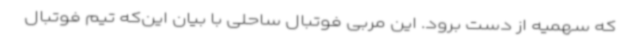
که سهمیه از دست برود. این مربی فوتبال ساحلی با بیان این‌که تیم فوتبال